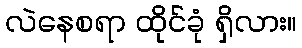
လဲနေစရာ ထိုင်ခုံ ရှိလား။